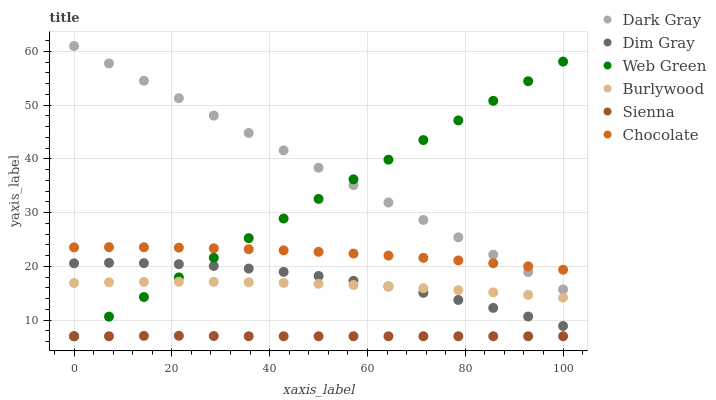
| xaxis_label | Dark Gray | Dim Gray | Web Green | Burlywood | Sienna | Chocolate |
 | --- | --- | --- | --- | --- | --- | --- |
 | 0 | 61 | 20.6 | 7 | 16.9 | 7 | 23.5 |
 | 7.14 | 57.8 | 20.7 | 10.7 | 17 | 7 | 23.6 |
 | 14.3 | 54.5 | 20.6 | 14.3 | 17.1 | 7.07 | 23.6 |
 | 21.4 | 51.3 | 20.4 | 18 | 17.1 | 7.09 | 23.5 |
 | 28.6 | 48.1 | 20.1 | 21.6 | 17.1 | 7.05 | 23.4 |
 | 35.7 | 44.8 | 19.6 | 25.3 | 17 | 7 | 23.2 |
 | 42.9 | 41.6 | 19 | 28.9 | 16.9 | 7 | 23 |
 | 50 | 38.4 | 18.2 | 32.6 | 16.8 | 7 | 22.7 |
 | 57.1 | 35.1 | 17.3 | 36.2 | 16.5 | 7 | 22.4 |
 | 64.3 | 31.9 | 16.3 | 39.9 | 16.3 | 7 | 22 |
 | 71.4 | 28.6 | 15.1 | 43.5 | 15.9 | 7 | 21.6 |
 | 78.6 | 25.4 | 13.8 | 47.2 | 15.6 | 7 | 21.1 |
 | 85.7 | 22.2 | 12.3 | 50.8 | 15.2 | 7 | 20.6 |
 | 92.9 | 18.9 | 10.7 | 54.5 | 14.7 | 7 | 20 |
 | 100 | 15.7 | 8.91 | 58.1 | 14.2 | 7 | 19.4 |